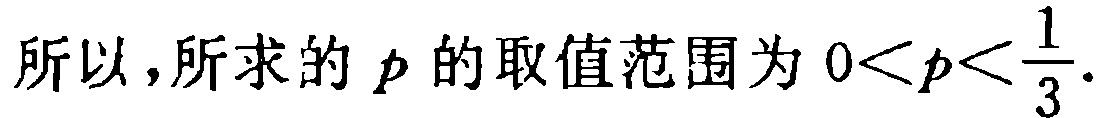
所以，所求的 \(p\) 的取值范围为 \(0<p<\frac{1}{3}\).